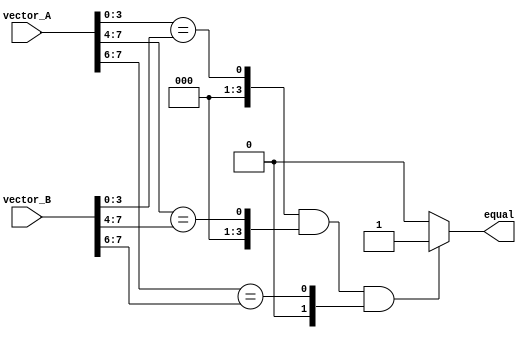
module parallel_comparator (
    input [7:0] vector_A,
    input [7:0] vector_B,
    output reg equal
);

wire [3:0] stage_1_result;
wire [3:0] stage_2_result;
wire [1:0] stage_3_result;

// Stage 1: Compare the first four bits of the input vectors
assign stage_1_result = vector_A[3:0] == vector_B[3:0];

// Stage 2: Compare the next four bits of the input vectors
assign stage_2_result = vector_A[7:4] == vector_B[7:4];

// Stage 3: Compare the final two bits of the input vectors
assign stage_3_result = vector_A[7:6] == vector_B[7:6];

// Final comparison result
always @(*) begin
    if(stage_1_result && stage_2_result && stage_3_result)
        equal = 1;
    else
        equal = 0;
end

endmodule